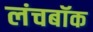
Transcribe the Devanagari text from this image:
लंचबॉक